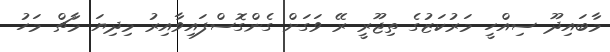
މާބައިދޫ ސިއްހީ މަރުކަޒުގެ ތިޖޫރީ ރޭ ވަގަށް ގެންގޮސްފައިވާއިރު މިދިޔަ މާޗް މަހު